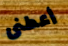
أعطنى